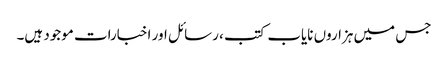
جس میں ہزاروں نایاب کتب ، رسائل اور اخبارات موجود ہیں۔